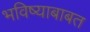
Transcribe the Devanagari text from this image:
भविष्याबाबत